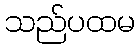
သည်ပထမ